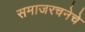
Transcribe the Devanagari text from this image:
समाजरचनेचे